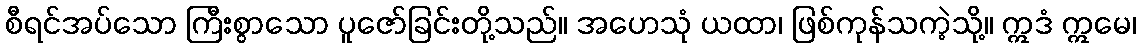
စီရင်အပ်သော ကြီးစွာသော ပူဇော်ခြင်းတို့သည်။ အဟေသုံ ယထာ၊ ဖြစ်ကုန်သကဲ့သို့။ ဣဒံ ဣမေ၊